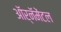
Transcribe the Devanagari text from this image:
ऑर्नॅमेंटल